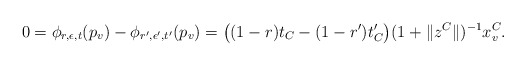
\begin{align*}0 = \phi_{r, \epsilon, t}(p_v) - \phi_{r', \epsilon', t'}(p_v)= \big((1-r)t_C - (1 - r')t'_C\big) (1 + \|z^C\|)^{-1} x^C_v.\end{align*}